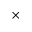
\times